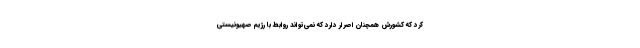
کرد که کشورش همچنان اصرار دارد که نمی‌تواند روابط با رژیم صهیونیستی